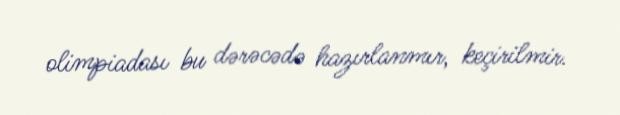
olimpiadası bu dərəcədə hazırlanmır, keçirilmir.